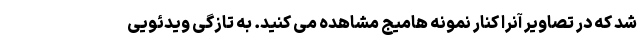
شد که در تصاویر آنرا کنار نمونه هامیج مشاهده می کنید. به تازگی ویدئویی